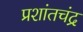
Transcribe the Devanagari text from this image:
प्रशांतचंद्र